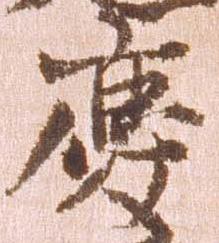
慶